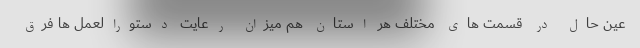
عین حال در قسمت های مختلف هر استان هم میزان رعایت دستورالعمل ها فرق